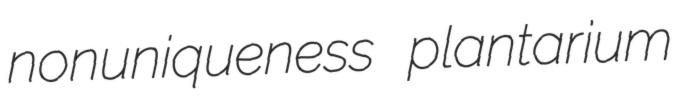
nonuniqueness plantarium